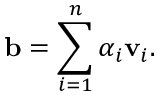
\mathbf { b } = \sum _ { i = 1 } ^ { n } \alpha _ { i } \mathbf { v } _ { i } .